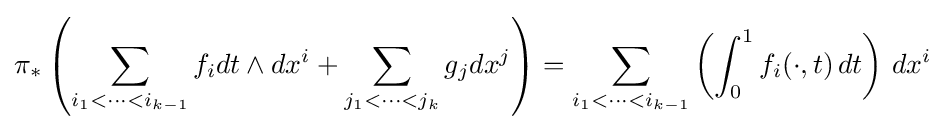
\pi _{*}\left(\sum _{i_{1}<\cdots <i_{k-1}}f_{i}dt\wedge dx^{i}+\sum _{j_{1}<\cdots <j_{k}}g_{j}dx^{j}\right)=\sum _{i_{1}<\cdots <i_{k-1}}\left(\int _{0}^{1}f_{i}(\cdot ,t)\,dt\right)\,dx^{i}